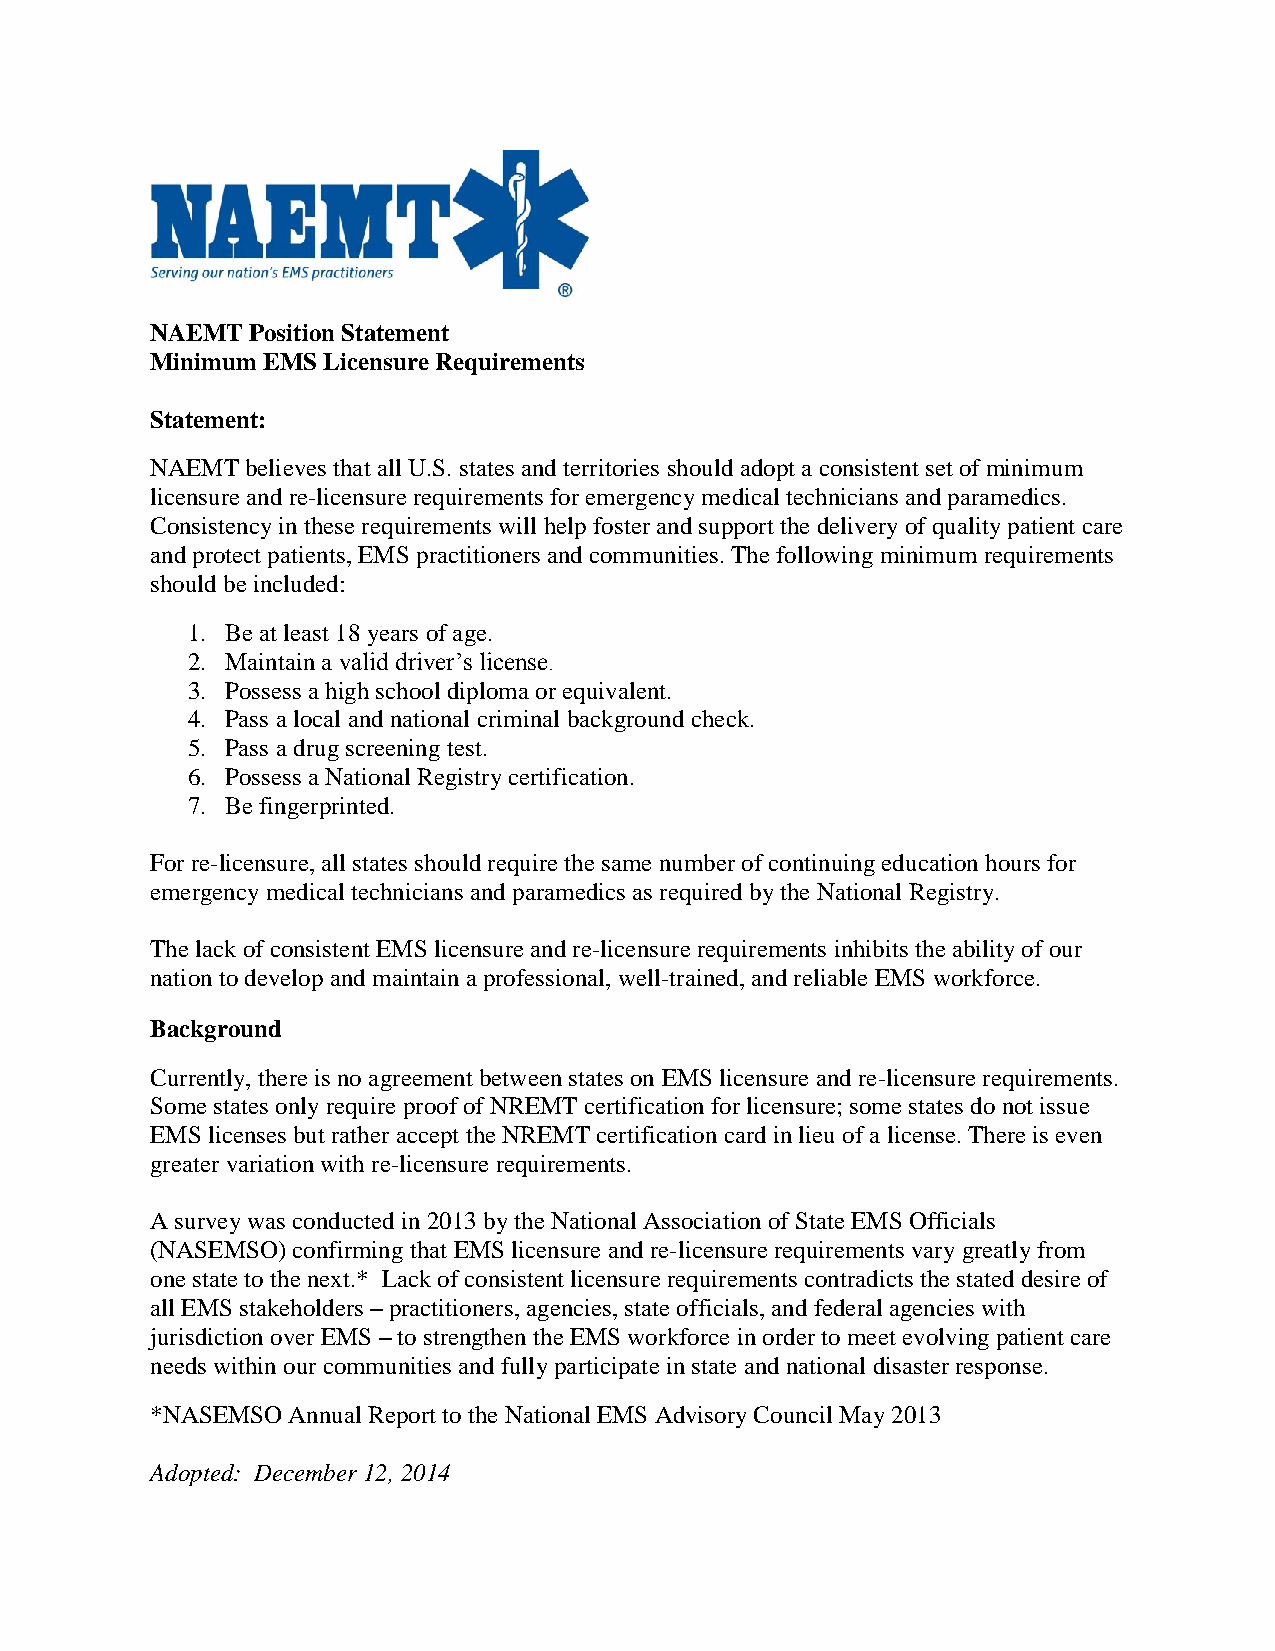
NAEMT  Position Statement
 Minimum EMS Licensure Requirements
 Statement:
 NAEMT believes that all U.S. states and territories should adopt a consistent set of minimum
 licensure and re-licensure requirements for emergency medical technicians and paramedics.
 Consistency in these requirements will help foster and support the delivery of quality patient care
 and protect patients, EMS practitioners and communities. The following minimum requirements
 should be included:
 1. Be at least 18 years of age.
 2. Maintain a valid driver’s license.
 3. Possess a high school diploma or equivalent.
 4. Pass a local and national criminal background check.
 5. Pass a drug screening test.
 6. Possess a National Registry certification.
 7. Be fingerprinted.
 For re-licensure, all states should require the same number of continuing education hours for
 emergency medical technicians and paramedics as required by the National Registry.
 The lack of consistent EMS licensure and re-licensure requirements inhibits the ability of our
 nation to develop and maintain a professional, well-trained, and reliable EMS workforce.
 Background
 Currently, there is no agreement between states on EMS licensure and re-licensure requirements.
 Some states only require proof of NREMT certification for licensure; some states do not issue
 EMS licenses but rather accept the NREMT certification card in lieu of a license. There is even
 greater variation with re-licensure requirements.
 A survey was conducted in 2013 by the National Association of State EMS Officials
 (NASEMSO) confirming that EMS licensure and re-licensure requirements vary greatly from
 one state to the next.* Lack of consistent licensure requirements contradicts the stated desire of
 all EMS stakeholders – practitioners, agencies, state officials, and federal agencies with
 jurisdiction over EMS – to strengthen the EMS workforce in order to meet evolving patient care
 needs within our communities and fully participate in state and national disaster response.
 *NASEMSO Annual Report to the National EMS Advisory Council May 2013
 Adopted: December 12, 2014